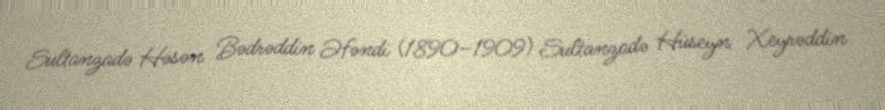
Sultanzadə Həsən Bədrəddin Əfəndi (1890–1909) Sultanzadə Hüseyn Xeyrəddin